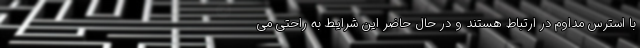
با استرس مداوم در ارتباط هستند و در حال حاضر این شرایط به راحتی می